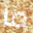
ما